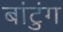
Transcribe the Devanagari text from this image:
बांटुंग